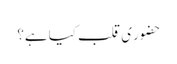
حضورِیِ قلب کیا ہے؟